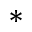
^ { * }